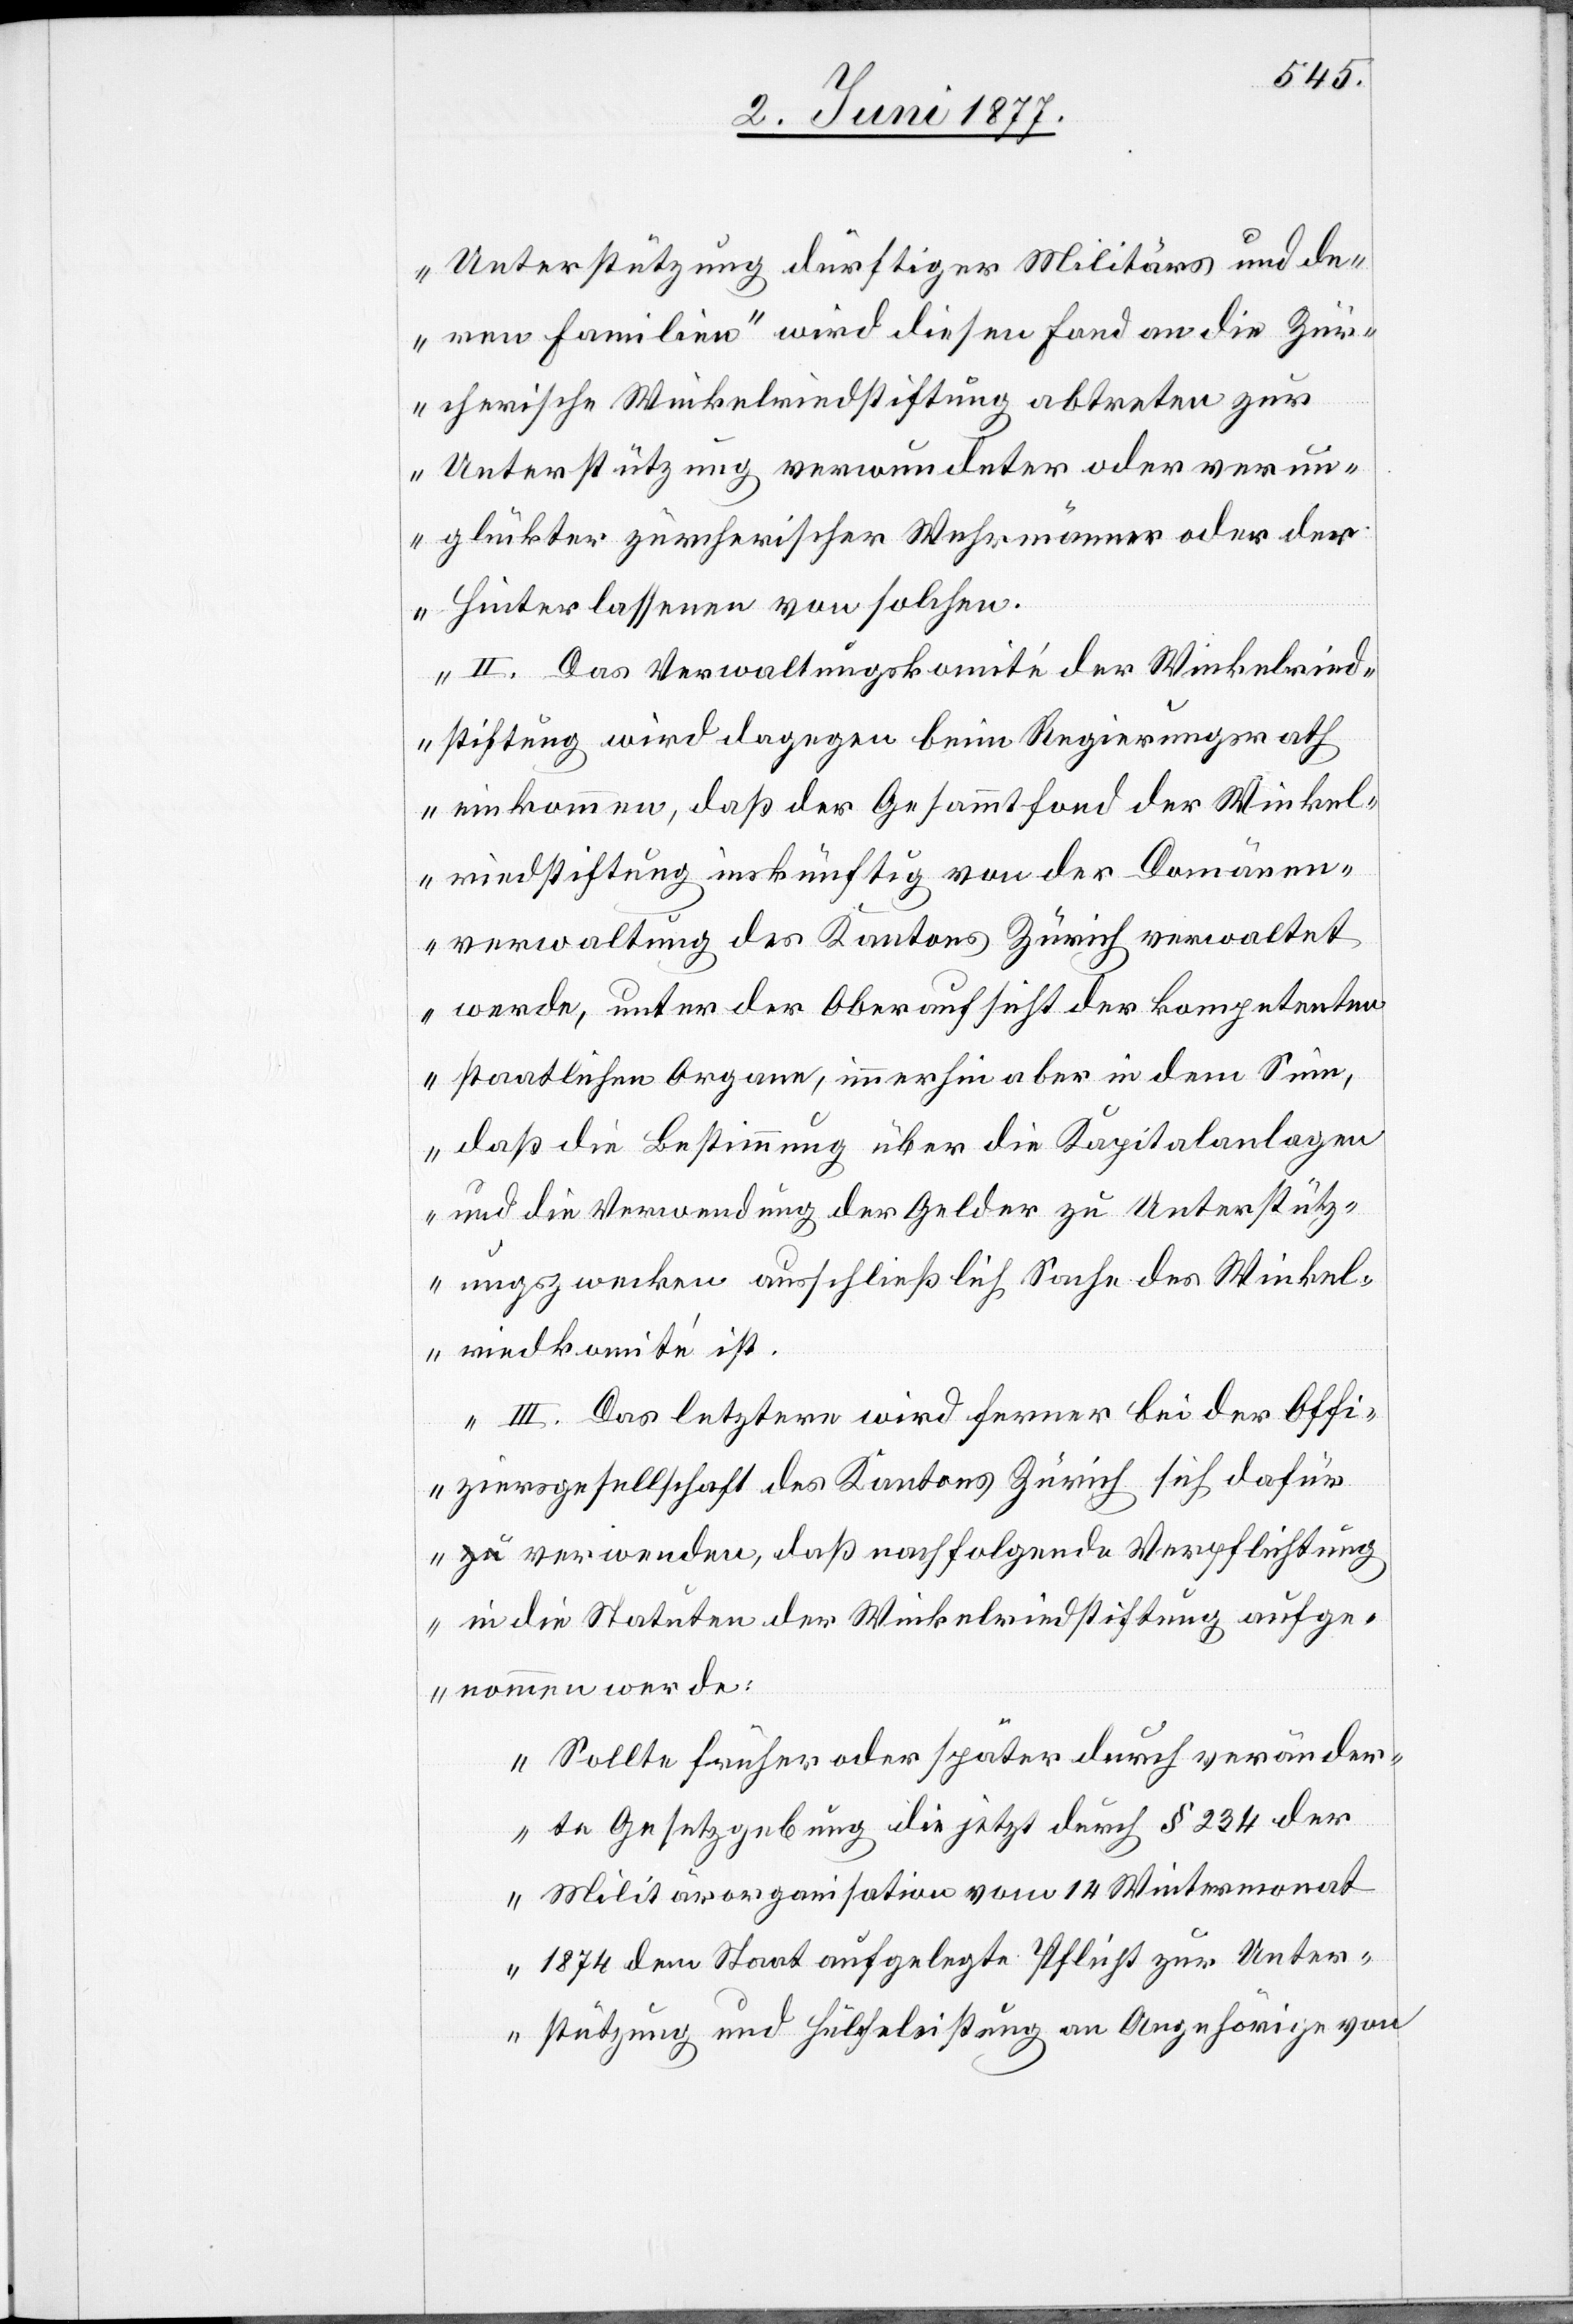
Unterstützung dürftiger Militärs und de¬
ren Familien“ wird diesen Fond an die Zür¬
cherische Winkelriedstiftung abtreten zur
Unterstützung verwundeter oder verun¬
glückter zürcherischer Wehrmänner oder der
Hinterlassenen von solchen.
II. Das Verwaltungskomité der Winkelried¬
stiftung wird dagegen beim Regierungsrath
einkommen, daß der Gesammtfond der Winkel¬
riedstiftung inskünftig von der Domänen¬
verwaltung des Kantons Zürich verwaltet
werde, unter der Oberaufsicht der kompetenten
staatlichen Organe, immerhin aber in dem Sinne,
daß die Bestimmung über die Kapitalanlagen
und die Verwendung der Gelder zu Unterstütz¬
ungszwecken ausschließlich Sache des Winkel¬
riedkomité ist.
III. Das letztere wird Ferner bei der Offi¬
ziersgesellschaft des Kantons Zürich sich dafür
verwenden, daß nachfolgende Verpflichtung
in die Statuten der Winkelriedstiftung aufge¬
nommen werde:
Sollte früher oder später durch veränder¬
te Gesetzgebung die jetzt durch § 234 der
Militärorganisation vom 14. Wintermonat
1874 dem Staat aufgelegte Pflicht zur Unter¬
stützung und Hülfeleistung an Angehörige von